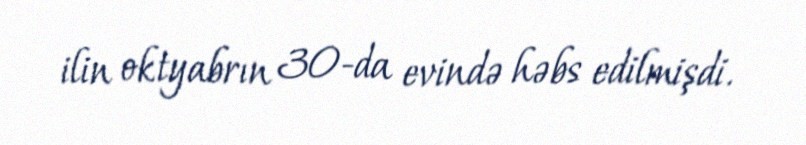
ilin oktyabrın 30-da evində həbs edilmişdi.